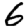
Digit: 6